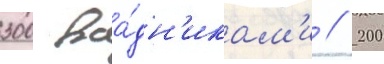
300 вса́дн'икам'и / 200